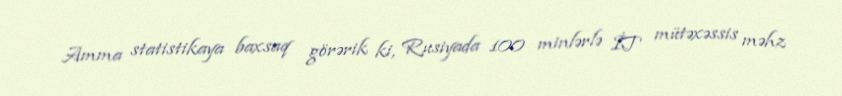
Amma statistikaya baxsaq görərik ki, Rusiyada 100 minlərlə İT mütəxəssis məhz